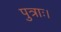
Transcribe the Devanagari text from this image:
पुत्राः।